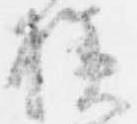
様